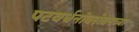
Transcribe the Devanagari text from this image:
पटवर्धनांबरोबरच्या